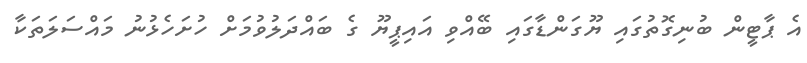
އެ ޕާޓީން ބުނިގޮތުގައި ޔޫގަންޑާގައި ބޭއްވި އައިޕީޔޫ ގެ ބައްދަލުވުމަށް ހުށަހެޅުނު މައްސަލަތަކާ